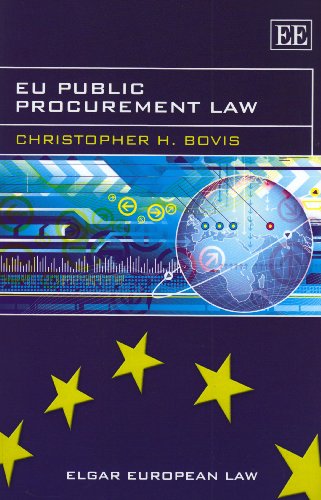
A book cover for EU Public Procurement Law (Elgar European Law series); Christopher H. Bovis; Law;